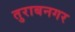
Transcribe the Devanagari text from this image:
तुराबनगर